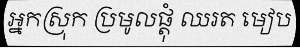
អ្នកស្រុក ប្រមូលផ្តុំ ឈរត មៀប